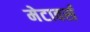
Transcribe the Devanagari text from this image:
मेटावर्स